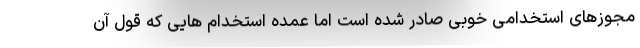
مجوزهای استخدامی خوبی صادر شده است اما عمده استخدام هایی که قول آن